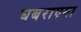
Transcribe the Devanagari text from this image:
घबराएगा